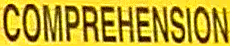
COMPREHENSION